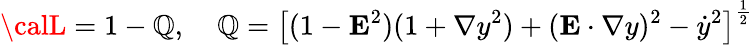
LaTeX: {\calL}=1-\mathbb{Q},\; \; \: \; \mathbb{Q}=\left[(1-{\mathbf{E}}^{2})(1+{\mathbf{\nabla}}y^{2})+({\mathbf{E}}\cdot{\mathbf{\nabla}}y)^{2}-{\dot{{y}}}^{2}\right]^{\frac{{1}}{{2}}}